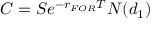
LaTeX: C = S e ^ { - r _ { F O R } T } N ( d _ { 1 } )